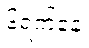
၆ရက်နေ့